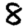
Digit: 8